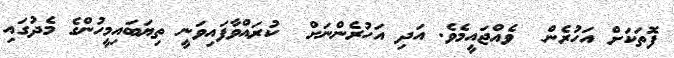
ފޮތަކަށް އަހުރެން  ވެއްޖައީމެވެ. އަދި އަހުރެންނަށް  ކުރައްވާފައިވަނީ ތިޔަބައިމީހުންގެ މެދުގައި